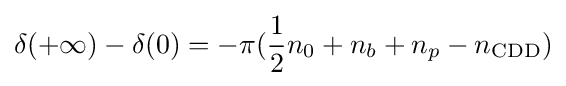
\delta (+\infty )-\delta (0)=-\pi ({\frac {1}{2}}n_{0}+n_{b}+n_{p}-n_{\text{CDD}})